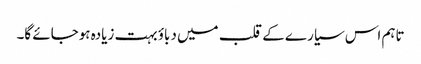
تاہم اس سیارے کے قلب میں دباؤ بہت زیادہ ہوجائے گا۔